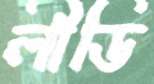
লীডি